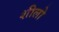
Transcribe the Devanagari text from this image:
शीलो